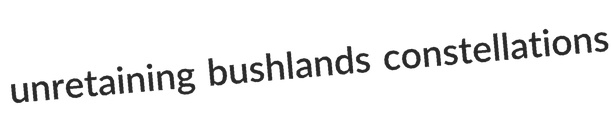
unretaining bushlands constellations